Civil Veterinary Dept. Bombay admin report 1914-1922 - 1914-1922
Year: 1914
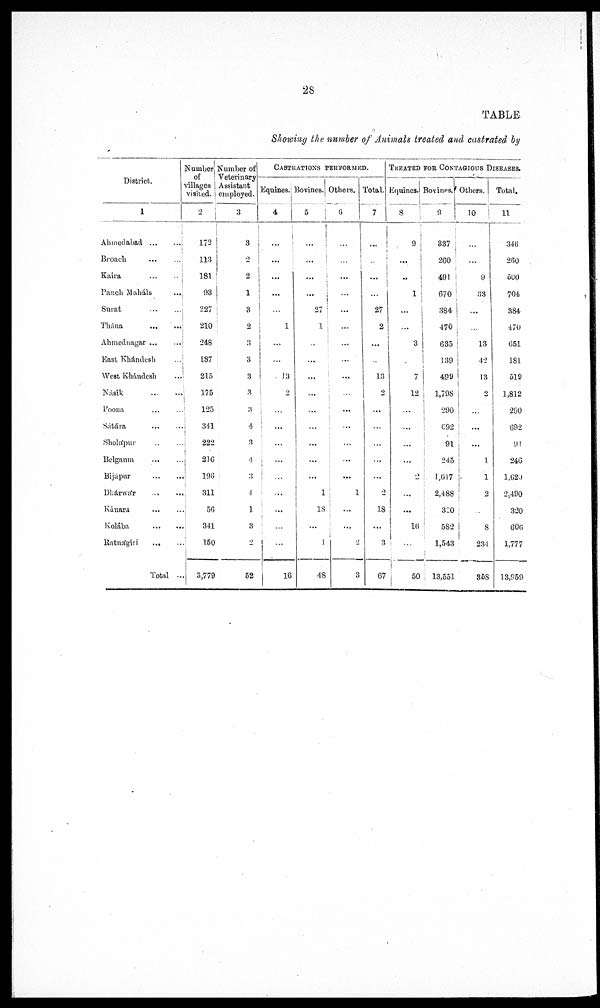
28
TABLE
Showing the number of Animals treated and castrated by
District.
1
Ahmedabad
...
...
Broach
...
...
Kaira
...
...
Panch Maháls ...
Surat
...
...
Thána
...
...
Ahmednagar
...
...
East Khándesh ...
West Khándesh ...
Násik
...
...
Poona
...
...
Sátára
...
...
Sholápur ... ...
Belgaum
...
...
Bijápur
...
...
Dhárwár
...
...
Kánara
...
...
Kolába
...
...
Ratnágiri
...
...
Total ...
Number
of
villages
visited.
2
172
113
181
93
227
210
248
187
215
175
125
341
222
216
196
311
56
341
150
3,779
Number of
Veterinary -
Assistant
employed.
3
3
2
2
1
3
2
3
3
3
3
3
4
3
4
3
4
1
3
2
52
CASTRATIONS PERFORMED.
Equines.
4
...
...
...
...
...
1
...
...
13
2
...
...
...
...
...
...
...
...
16
Bovines.
5
...
...
...
...
27
1
..
...
...
...
...
...
...
...
...
1
18
...
1
48
Others.
6
...
...
...
...
...
...
...
...
...
...
...
...
...
...
1
...
...
2
3
Total.
7
...
....
...
...
27
2
...
...
13
2
...
...
...
...
...
2
18
...
3
67
TREATED FOR CONTAGIOUS DISEASES.
Equines.
8
...
...
..
...
...
...
3
...
7
12
...
...
...
...
2
...
...
16
50
Bovines.
9
337
260
491
670
384
470
635
139
499
1,798
290
692
91
245
1,617
2,488
320
582
1,543
13,551
Others.
10
...
...
9
33
...
...
13
42
43
2
...
...
...
1
1
2
...
8
231
358
Total.
11
346
260
500
704
384
470
651
181
519
1,812
280
692
91
246
1,620
2,490
320
606
1,777
13,959